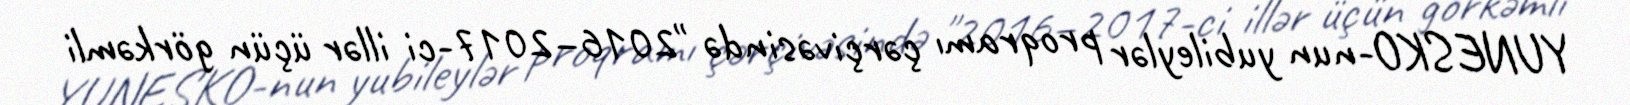
YUNESKO-nun yubileylər proqramı çərçivəsində "2016–2017-ci illər üçün görkəmli